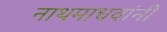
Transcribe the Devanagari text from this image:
नाथमाधवांनी